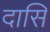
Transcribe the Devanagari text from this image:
दासि